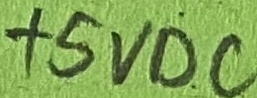
Text: +5VDC